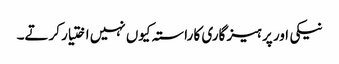
نیکی اور پر ہیز گاری کا راستہ کیوں نہیں اختیار کرتے۔